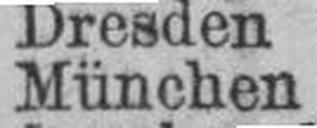
München